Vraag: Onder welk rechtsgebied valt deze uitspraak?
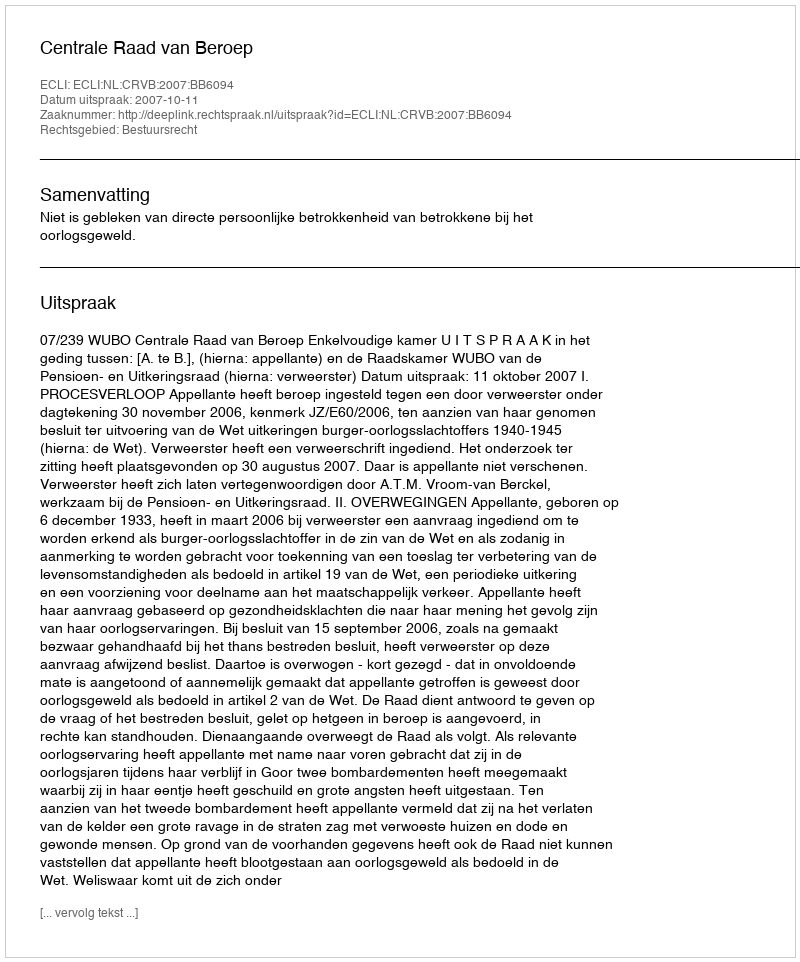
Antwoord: Bestuursrecht